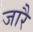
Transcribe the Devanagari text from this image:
जारै